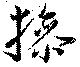
操